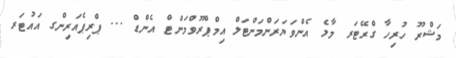
މަޝްރޫ ހުރިހާ ގްރޭޓަރ މާލެ އެންވަޔަރަންމަންޓަލް އިމްޕްރޫވްމަންޓް އެންޑް ... ޕްރިޕެއަރިންގ އައުޓަރ